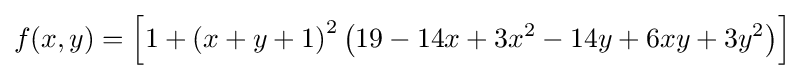
f(x,y)=\left[1+\left(x+y+1\right)^{2}\left(19-14x+3x^{2}-14y+6xy+3y^{2}\right)\right]